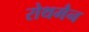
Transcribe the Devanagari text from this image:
रोथमैन